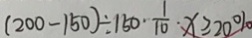
( 2 0 0 - 1 5 0 ) \div 1 5 0 \cdot \frac { 1 } { 1 0 } \cdot x \geq 2 0 \%